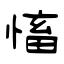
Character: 慉